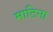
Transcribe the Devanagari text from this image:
माटिना